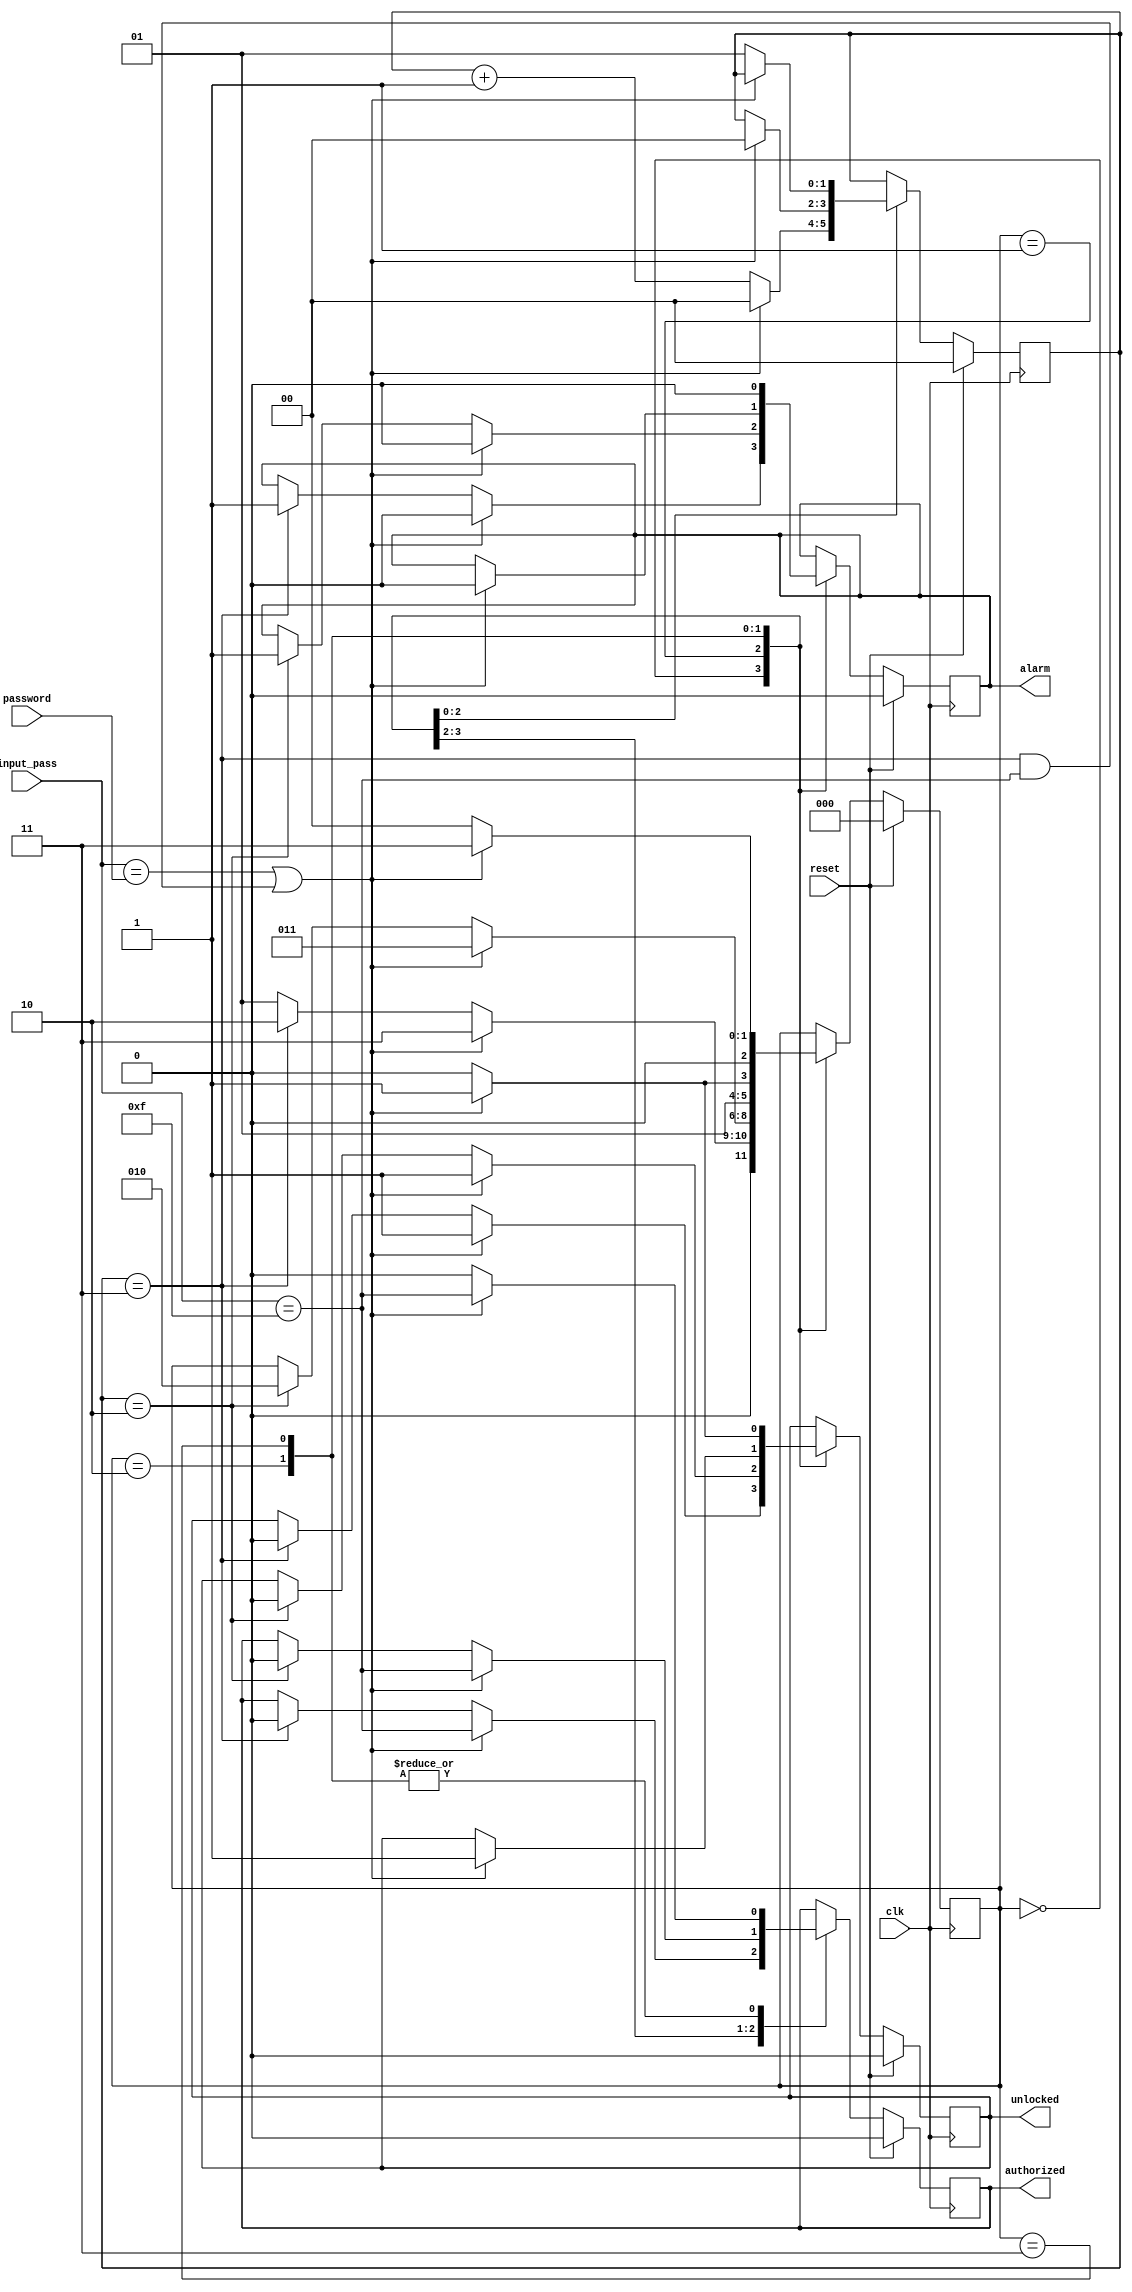
`timescale 1ns / 1ps
//////////////////////////////////////////////////////////////////////////////////
// Company: 
// Engineer: 
// 
// Design Name: 
// Module Name:    digital_lock 
// Project Name: 
// Target Devices: 
// Tool versions: 
// Description: 
//
// Dependencies: 
//
// Revision: 
// Revision 0.01 - File Created
// Additional Comments: 
//
//////////////////////////////////////////////////////////////////////////////////
module digital_lock (
  input clk, reset,
  input [3:0] password, input [3:0] input_pass,
  output reg unlocked, output reg alarm, output reg authorized
);
  parameter [2:0] IDLE = 3'b000, CHECK_PASS = 3'b001, ALARM = 3'b010, UNLOCKED = 3'b011;
  reg [2:0] state = IDLE;
  reg [1:0] count = 2'b00;
  wire correct_pass = (input_pass == password || (count == 2'b11 && input_pass == 4'b1111));

  always @(posedge clk) begin
    if (reset) begin
      state <= IDLE;
      unlocked <= 0;
      alarm <= 0;
      count <= 2'b00;
      authorized <= 0;
    end
    else begin
     case (state)
       IDLE: begin
       if (correct_pass) begin
           state <= UNLOCKED;
           unlocked <= 1;
           alarm <= 0;
           authorized <= (input_pass == 4'b1111); 
       end
         else if (count == 2'b11) begin
           state <= ALARM;
           unlocked <= 0;
           alarm <= 1;
           authorized <= 0;
         end
          else begin
           state <= CHECK_PASS;
          end
        end
       CHECK_PASS: begin
          if (correct_pass) begin
            state <= UNLOCKED;
            unlocked <= 1;
            alarm <= 0;
            count <= 2'b00;
            authorized <= (input_pass == 4'b1111); 
          end
          else if (count == 2'b10) begin
            state <= ALARM;
            unlocked <= 0;
            alarm <= 1;
            count <= count + 2'b01;
            authorized <= 0;
          end
          else begin
           count <= count + 2'b01;
          end
        end
       ALARM: begin
          if (correct_pass) begin
            state <= UNLOCKED;
            unlocked <= 1;
            alarm <= 0;
            count <= 2'b00;
            authorized <= (input_pass == 4'b1111); 
          end
          else begin
           state <= ALARM;
           authorized <= 0;
          end
        end
        UNLOCKED: begin
          if (!correct_pass) begin
            state <= IDLE;
            unlocked <= 0;
            alarm <= 0;
            count <= 2'b01;
            authorized <= 0;
          end
          else begin
           state <= UNLOCKED;
			  unlocked <= 1;
           alarm <= 0;
           authorized <= (input_pass == 4'b1111);
          end
        end
        endcase
      end
   end
endmodule